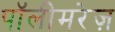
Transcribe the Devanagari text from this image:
पॉलीमरेज़